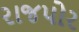
રાજપોર